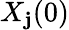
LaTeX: X_{\mathbf{j}}(0)